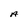
Character: A